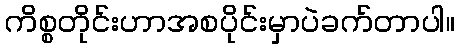
ကိစ္စတိုင်းဟာအစပိုင်းမှာပဲခက်တာပါ။